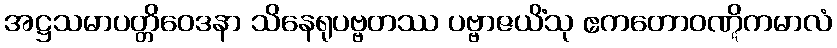
အဋ္ဌသမာပတ္တိဝေဒနာ သိနေရုပဗ္ဗတဿ ပဗ္ဗာဇယိံသု ဧကတောဝဏ္ဋိကမာလံ